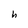
Character: h